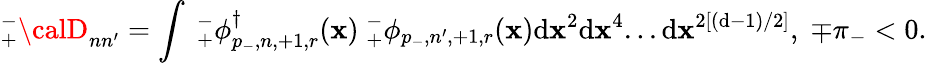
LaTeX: _{+}^{-}{\calD}_{nn^{\prime}}=\int{}\ {}_{+}^{-}\phi_{p_{-},n,+1,r}^{\dagger}(\mathbf{x})\ {}_{+}^{-}\phi_{p_{-},n^{\prime},+1,r}(\mathbf{x}){}\mathrm{d}\mathbf{x}^{2}\mathrm{d}\mathbf{x}^{4}...\mathrm{d}\mathbf{x}^{2\left[(\mathrm{d}-1)/2\right]},\; \mp\pi_{-}<0.